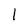
Character: 1